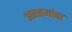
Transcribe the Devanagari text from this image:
अन्नमांबा